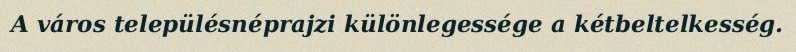
A város településnéprajzi különlegessége a kétbeltelkesség.